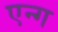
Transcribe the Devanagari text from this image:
एन्ग